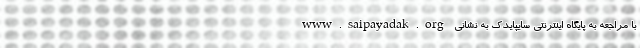
با مراجعه به پایگاه اینترنتی سایپایدک به نشانی www.saipayadak.org